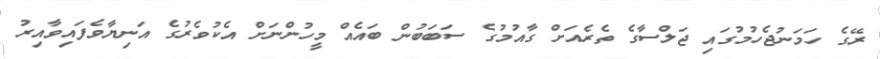
ރޭގެ ހަމަނުޖެހުމުގައި ޖަލްސާގެ ތެރެއަށް ގާއުމުގެ ސަބަބުން ބައެއް މީހުންނަށް އެކުވެރުގެ އަނިޔާވެފައިވާއިރު